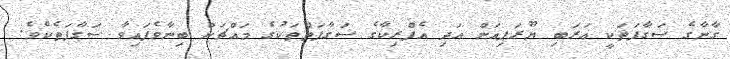
ގާނާގެ ސަގާފަތަކީ ޢަރަބި ޔޫރަޕިއަން އަދި އެފްރިކާގެ ސަގާފަތްތަކުގެ މައްޗަށް ބިނާވެފައިވާ ސަގާފަތެކެވެ.